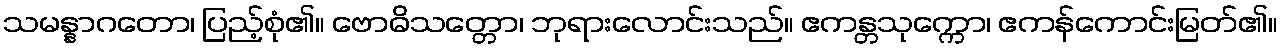
သမန္နာဂတော၊ ပြည့်စုံ၏။ ဗောဓိသတ္တော၊ ဘုရားလောင်းသည်။ ဧကန္တသုက္ကော၊ ဧကန်ကောင်းမြတ်၏။